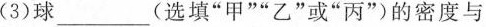
(3)球______(选填”甲””乙”或”丙”)的密度与液体密度相同。